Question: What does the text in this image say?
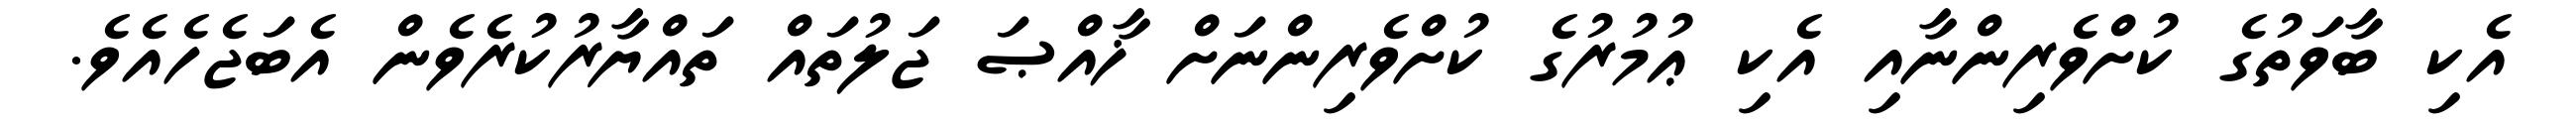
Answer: އެކި ބާވަތުގެ ކުށްވެރިންނާއި އެކި ޢުމުރުގެ ކުށްވެރިންނަށް ޚާއްޞަ ޖަލުތައް ތައްޔާރުކުރެވެން އެބަޖެހެއެވެ.